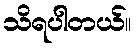
သိရပါတယ်။